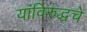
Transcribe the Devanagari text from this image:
यांविरुद्धचे